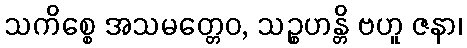
သကိစ္စေ အသမတ္တေဝ, သဉ္စဟန္တိ ဗဟူ ဇနာ၊